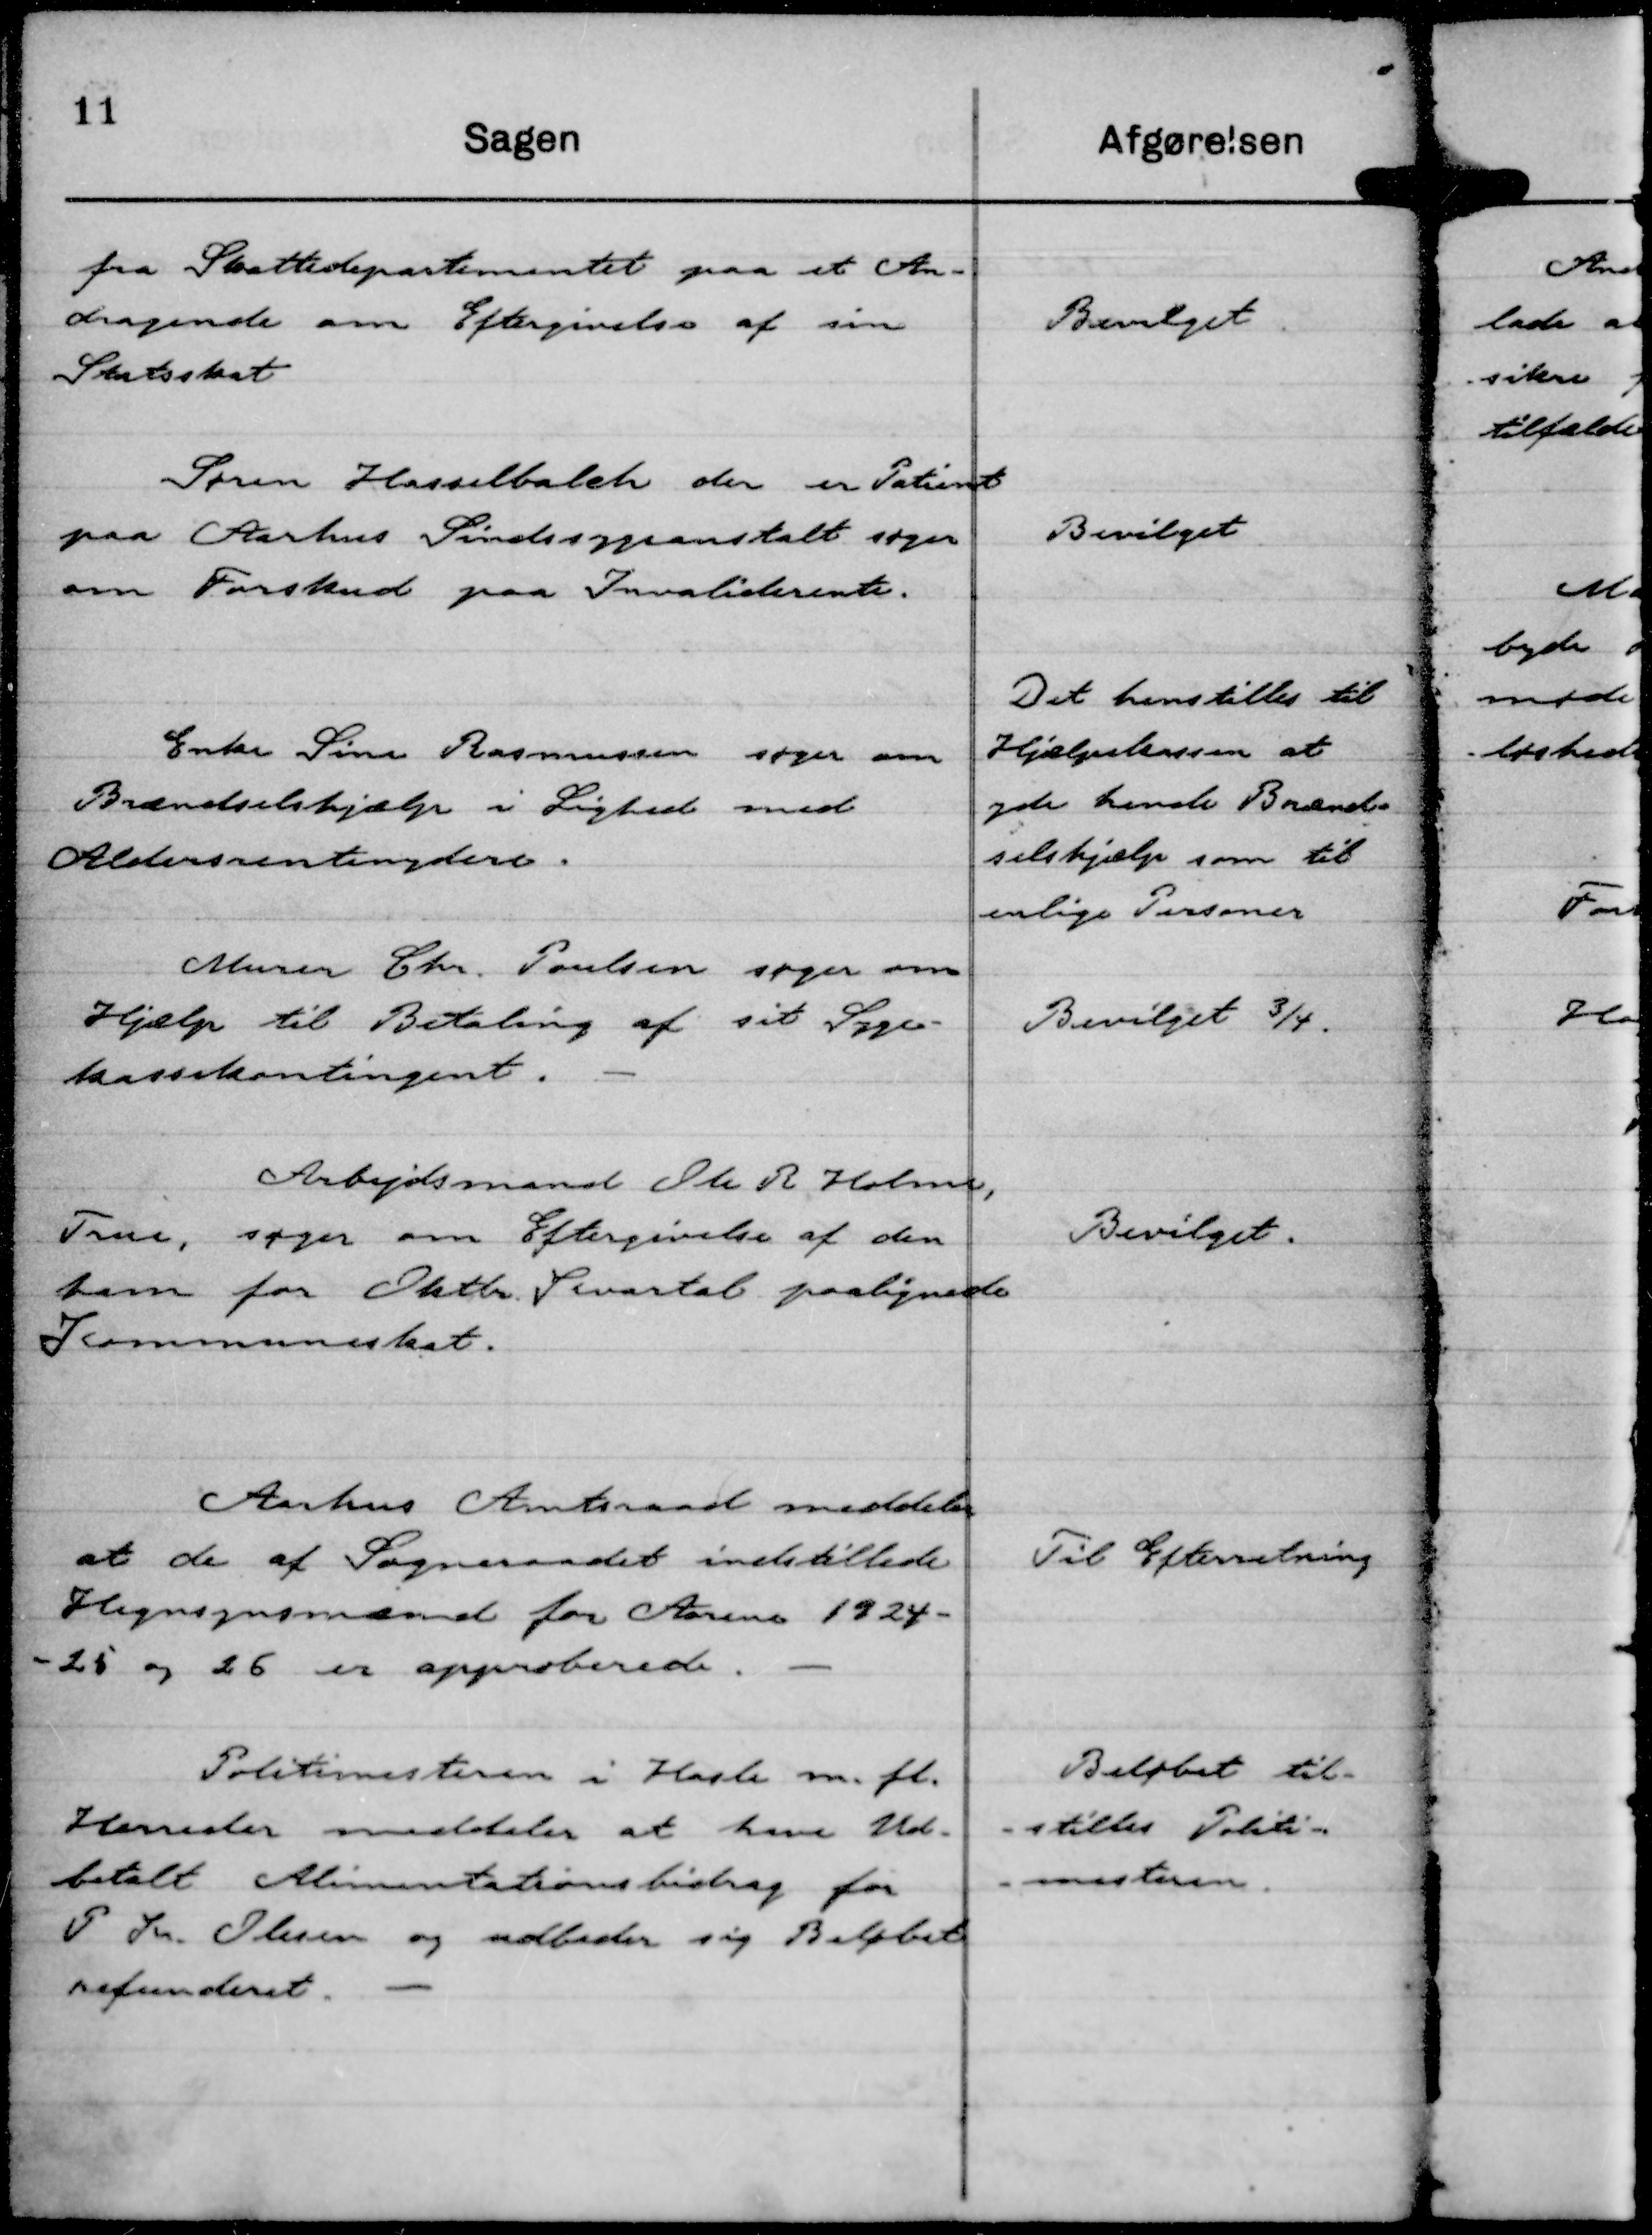
Transskription:
fra Skattedepartementet paa et An-
dragende om Eftergivelse af sin
Statsskat

Bevilget

Søren Hasselbalch der er Patient
paa Aarhus Sindssygeanstalt søger
om Forskud paa Invaliderente.

Bevilget

Enke Sine Rasmussen søger om
Brændselshjælp i Lighed med
Aldersrentenydere.

Det henstilles til
Hjælpekassen at
yde hende Brænd-
selshjælp som til
enlige Personer

Murer Chr. Poulsen søger om
Hjælp til Betaling af sit Syge-
kassekontingent.

Bevilget ¾.

Arbejdsmand Ole R Holm,
True, søger om Eftergivelse af den
ham for Oktbr Kvartal paalignede
Kommuneskat.

Bevilget.

Aarhus Amtsraad meddeler,
at de af Sognraadet indstillede
Hegnsynsmænd for Aarene 1924-
-25 og 26 er approberede.

Til Efterretning

Politimesteren i Hasle m. fl.
Herreder meddeler at have Ud-
betalt Alimentationsbidrag for
P K. Olesen og udbeder sig Beløbet
refunderet.

Beløbet til-
- stilles Politi-
- mesteren.